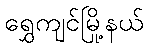
ရွှေကျင်မြို့နယ်